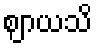
ဈာယသိ